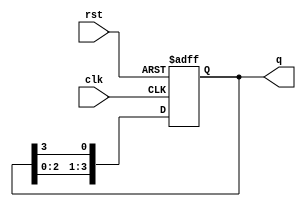
module ring_counter #(
    parameter N = 4  // Number of flip-flops
)(
    input wire clk,     // Clock input
    input wire rst,     // Reset input (optional)
    output reg [N-1:0] q // Output state of the ring counter
);

// Initial state of the ring counter
initial begin
    q = 1'b1; // Initialize the first flip-flop to '1' and others to '0'
end

// Always block triggered on the rising edge of the clock
always @(posedge clk or posedge rst) begin
    if (rst) begin
        q <= 1'b1; // Reset the counter to initial state
    end else begin
        // Shift the '1' to the right in a circular manner
        q <= {q[N-2:0], q[N-1]}; // Shift left and wrap around
    end
end

endmodule